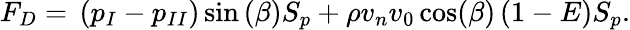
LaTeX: F_{D}={}\left({p_{I}}-{p_{II}}\right)\sin{(\beta)}{S_{p}}+\rho{v_{n}}v_{0}\cos(\beta)\left(1-E\right){S_{p}}.